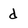
Character: d